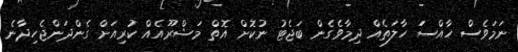
ނަމަވެސް ހާއްސަަ ހާލަތެއް ދިމާވެގެން ބަޖެޓު ނުކޮށް އޮތް މަޝްރޫއެއް ކުރިއަށް ގެންދަަންޖެހިދާނެ